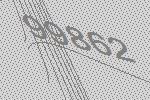
99862